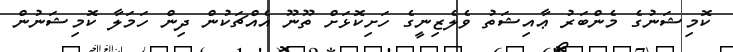
ކޮމިޝަނުގެ މެންބަރު ޢާއިޝަތު ވެލެޒިނީގެ ހަށިކޮޅަށް ތޫނޫ އެއްޗަކުން ދިން ހަމަލާ ކޮމިޝަނުން